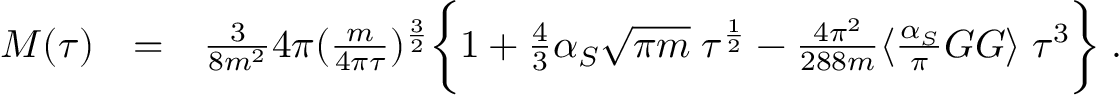
\begin{array} { r l r } { M ( \tau ) } & { = } & { \frac { 3 } { 8 m ^ { 2 } } 4 \pi ( \frac { m } { 4 \pi \tau } ) ^ { \frac { 3 } { 2 } } \biggl \lbrace 1 + \frac { 4 } { 3 } \alpha _ { S } \sqrt { \pi m } \; \tau ^ { \frac { 1 } { 2 } } - \frac { 4 \pi ^ { 2 } } { 2 8 8 m } \langle \frac { \alpha _ { S } } { \pi } G G \rangle \; \tau ^ { 3 } \biggr \rbrace \; . } \end{array}